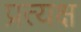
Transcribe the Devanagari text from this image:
प्रत्यक्ष